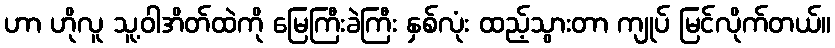
ဟာ ဟိုလူ သူ့ဝါအိတ်ထဲကို မြေကြီးခဲကြီး နှစ်လုံး ထည့်သွားတာ ကျုပ် မြင်လိုက်တယ်။